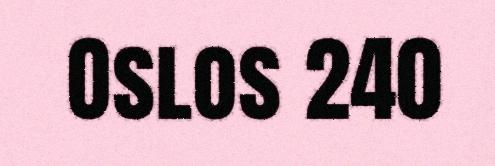
Oslos 240